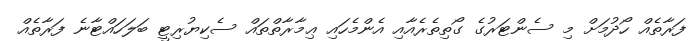
ފަރާތެއް ހޯދުމަށް މި ސެންޓަރުގެ ގޯތިތެރެއާއި އެންމެހައި ޢިމާރާތްތައް ސެކިޔުރިޓީ ބަލަހައްޓާނެ ފަރާތެއް